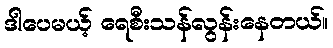
ဒါပေမယ့် ရေစီးသန်လွန်းနေတယ်။